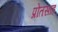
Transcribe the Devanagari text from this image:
प्रोतसाह